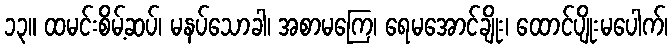
၁၃။ ထမင်းစိမ့်ဆပ်၊ မနပ်သောခါ၊ အစာမကြေ၊ ရေမအောင်ချိုး၊ ထောင်ပျိုးမပေါက်၊